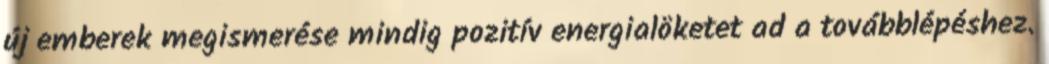
új emberek megismerése mindig pozitív energialöketet ad a továbblépéshez.